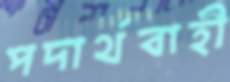
পদার্থবাহী